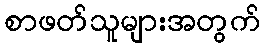
စာဖတ်သူများအတွက်